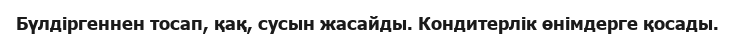
Бүлдіргеннен тосап, қақ, сусын жасайды. Кондитерлік өнімдерге қосады.